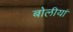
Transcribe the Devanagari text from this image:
बोलीयां